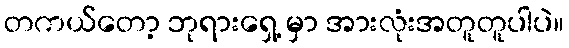
တကယ်တော့ ဘုရားရှေ့ မှာ အားလုံးအတူတူပါပဲ။